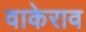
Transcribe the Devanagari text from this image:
वाकेराव